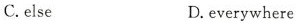
C.else D.everywhere